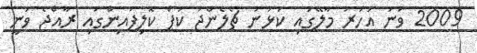
2009 ވަނަ އަހަރު މާލޭގައި ކުޅުނު ޗެލެންޖު ކަޕް ކޮލިފައިންގައި ރާއްޖެ ވަނީ